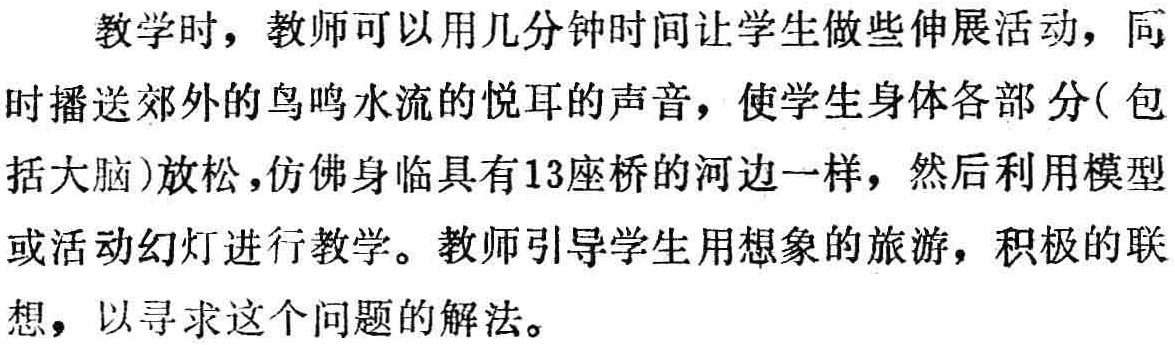
教学时，教师可以用几分钟时间让学生做些伸展活动，同时播送郊外的鸟鸣水流的悦耳的声音，使学生身体各部分( 包括大脑)放松，仿佛身临具有13座桥的河边一样，然后利用模型或活动幻灯进行教学。教师引导学生用想象的旅游，积极的联想，以寻求这个问题的解法。